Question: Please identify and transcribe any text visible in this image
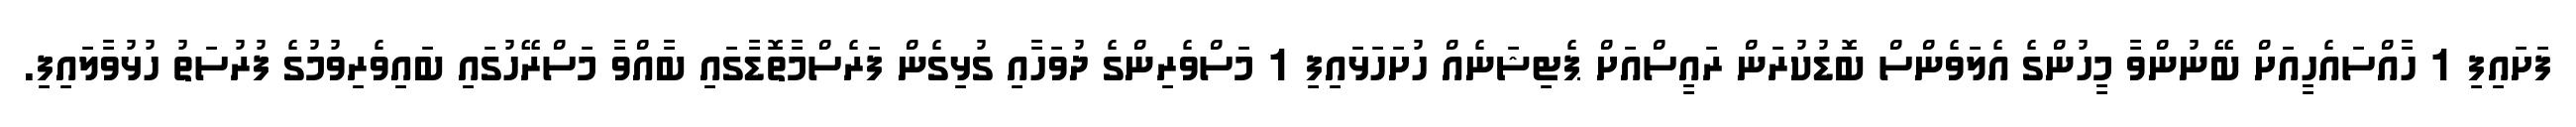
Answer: ފަށައިފި 1 ހާއްސައެހީއަށް ބޭނުންވާ މީހުންގެ އެލަވެންސް ބޮޑުކުރަން ރައީސްއަށް ޕެޓިޝަނެއް ހުށަހަޅައިފި 1 މަސްވެރިންގެ ދުވަހާއި ގުޅިގެން ފަރެސްމާތޮޑާގައި ބާއްވާ މަސްރޭހުގައި ބައިވެރިވުމުގެ ފުރުސަތު ހުޅުވާލައިފި.